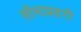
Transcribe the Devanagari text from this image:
सीमाप्रहरी